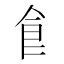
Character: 𩙿